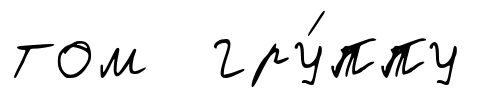
том гру́ппу